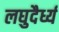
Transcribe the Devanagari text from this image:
लघुदैर्ध्य